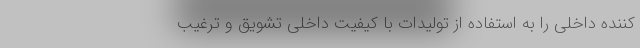
کننده داخلی را به استفاده از تولیدات با کیفیت داخلی تشویق و ترغیب